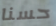
حسنا